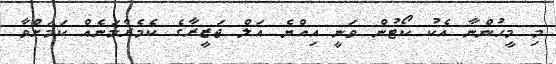
މި މީހުންނާ އެކު ކޯޓުން ވަނީ އިއްޔެ އަލް ޖަޒީރާގެ ކެމެރާމަނެއް ކަމަށްވާ